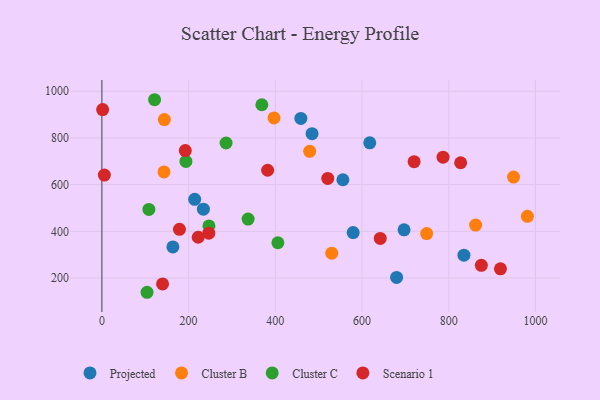
{"axis": {"x": "Ad Spend", "y": "Yield"}, "legend": ["Cluster B", "Cluster C", "Projected", "Scenario 1"], "data": [{"x": "835.0", "y": 297.9, "type": "Projected"}, {"x": "696.9", "y": 406.2, "type": "Projected"}, {"x": "214.0", "y": 536.9, "type": "Projected"}, {"x": "458.9", "y": 883.8, "type": "Projected"}, {"x": "234.1", "y": 494.8, "type": "Projected"}, {"x": "163.7", "y": 333.1, "type": "Projected"}, {"x": "579.5", "y": 394.6, "type": "Projected"}, {"x": "679.7", "y": 202.4, "type": "Projected"}, {"x": "484.7", "y": 818.2, "type": "Projected"}, {"x": "617.8", "y": 779.0, "type": "Projected"}, {"x": "555.8", "y": 620.9, "type": "Projected"}, {"x": "862.0", "y": 426.6, "type": "Cluster B"}, {"x": "144.0", "y": 878.5, "type": "Cluster B"}, {"x": "530.1", "y": 306.5, "type": "Cluster B"}, {"x": "396.9", "y": 885.9, "type": "Cluster B"}, {"x": "143.2", "y": 654.3, "type": "Cluster B"}, {"x": "479.2", "y": 742.6, "type": "Cluster B"}, {"x": "981.3", "y": 464.3, "type": "Cluster B"}, {"x": "749.1", "y": 390.5, "type": "Cluster B"}, {"x": "949.4", "y": 632.5, "type": "Cluster B"}, {"x": "104.1", "y": 138.9, "type": "Cluster C"}, {"x": "246.9", "y": 423.3, "type": "Cluster C"}, {"x": "121.5", "y": 963.7, "type": "Cluster C"}, {"x": "193.8", "y": 699.5, "type": "Cluster C"}, {"x": "405.9", "y": 351.0, "type": "Cluster C"}, {"x": "368.9", "y": 942.2, "type": "Cluster C"}, {"x": "108.4", "y": 494.0, "type": "Cluster C"}, {"x": "337.2", "y": 452.6, "type": "Cluster C"}, {"x": "286.4", "y": 778.4, "type": "Cluster C"}, {"x": "382.3", "y": 661.5, "type": "Scenario 1"}, {"x": "5.7", "y": 641.0, "type": "Scenario 1"}, {"x": "139.9", "y": 174.6, "type": "Scenario 1"}, {"x": "919.2", "y": 239.2, "type": "Scenario 1"}, {"x": "720.1", "y": 698.4, "type": "Scenario 1"}, {"x": "875.1", "y": 254.3, "type": "Scenario 1"}, {"x": "1.7", "y": 921.3, "type": "Scenario 1"}, {"x": "520.9", "y": 626.5, "type": "Scenario 1"}, {"x": "246.6", "y": 391.9, "type": "Scenario 1"}, {"x": "642.0", "y": 369.4, "type": "Scenario 1"}, {"x": "222.1", "y": 374.6, "type": "Scenario 1"}, {"x": "786.8", "y": 717.5, "type": "Scenario 1"}, {"x": "827.4", "y": 693.7, "type": "Scenario 1"}, {"x": "192.4", "y": 745.7, "type": "Scenario 1"}, {"x": "178.9", "y": 408.6, "type": "Scenario 1"}]}